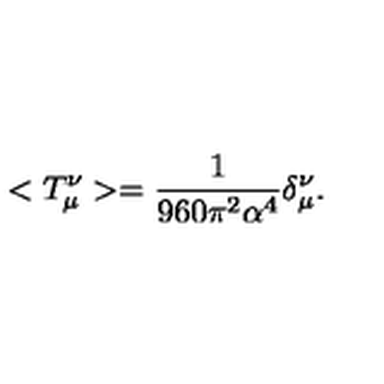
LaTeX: < T _ { \mu } ^ { \nu } > = \frac { 1 } { 9 6 0 \pi ^ { 2 } \alpha ^ { 4 } } \delta _ { \mu } ^ { \nu } .